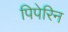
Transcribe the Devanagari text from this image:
पिपेरिन